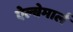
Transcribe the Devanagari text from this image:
ऐल्बेमार्ल